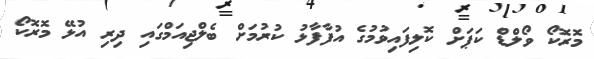
މޮރޮކޯ ވޯލްޑް ކަޕަށް ކޮލިފައިވުމުގެ އުފާފާޅު ކުރުމަށް ބެލްޖިއަމްގައި ދިރި އުޅޭ މޮރޮކޯ